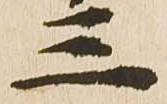
三